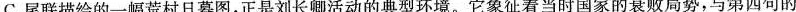
C.尾联描绘的一幅荒村日暮图，正是刘长卿活动的典型环境。它象征着当时国家的衰败局势，与第四句